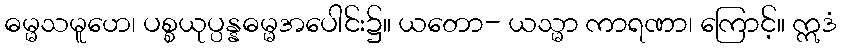
ဓမ္မသမူဟေ၊ ပစ္စယုပ္ပန္နဓမ္မအပေါင်း၌။ ယတော- ယသ္မာ ကာရဏာ၊ ကြောင့်။ ဣဒံ